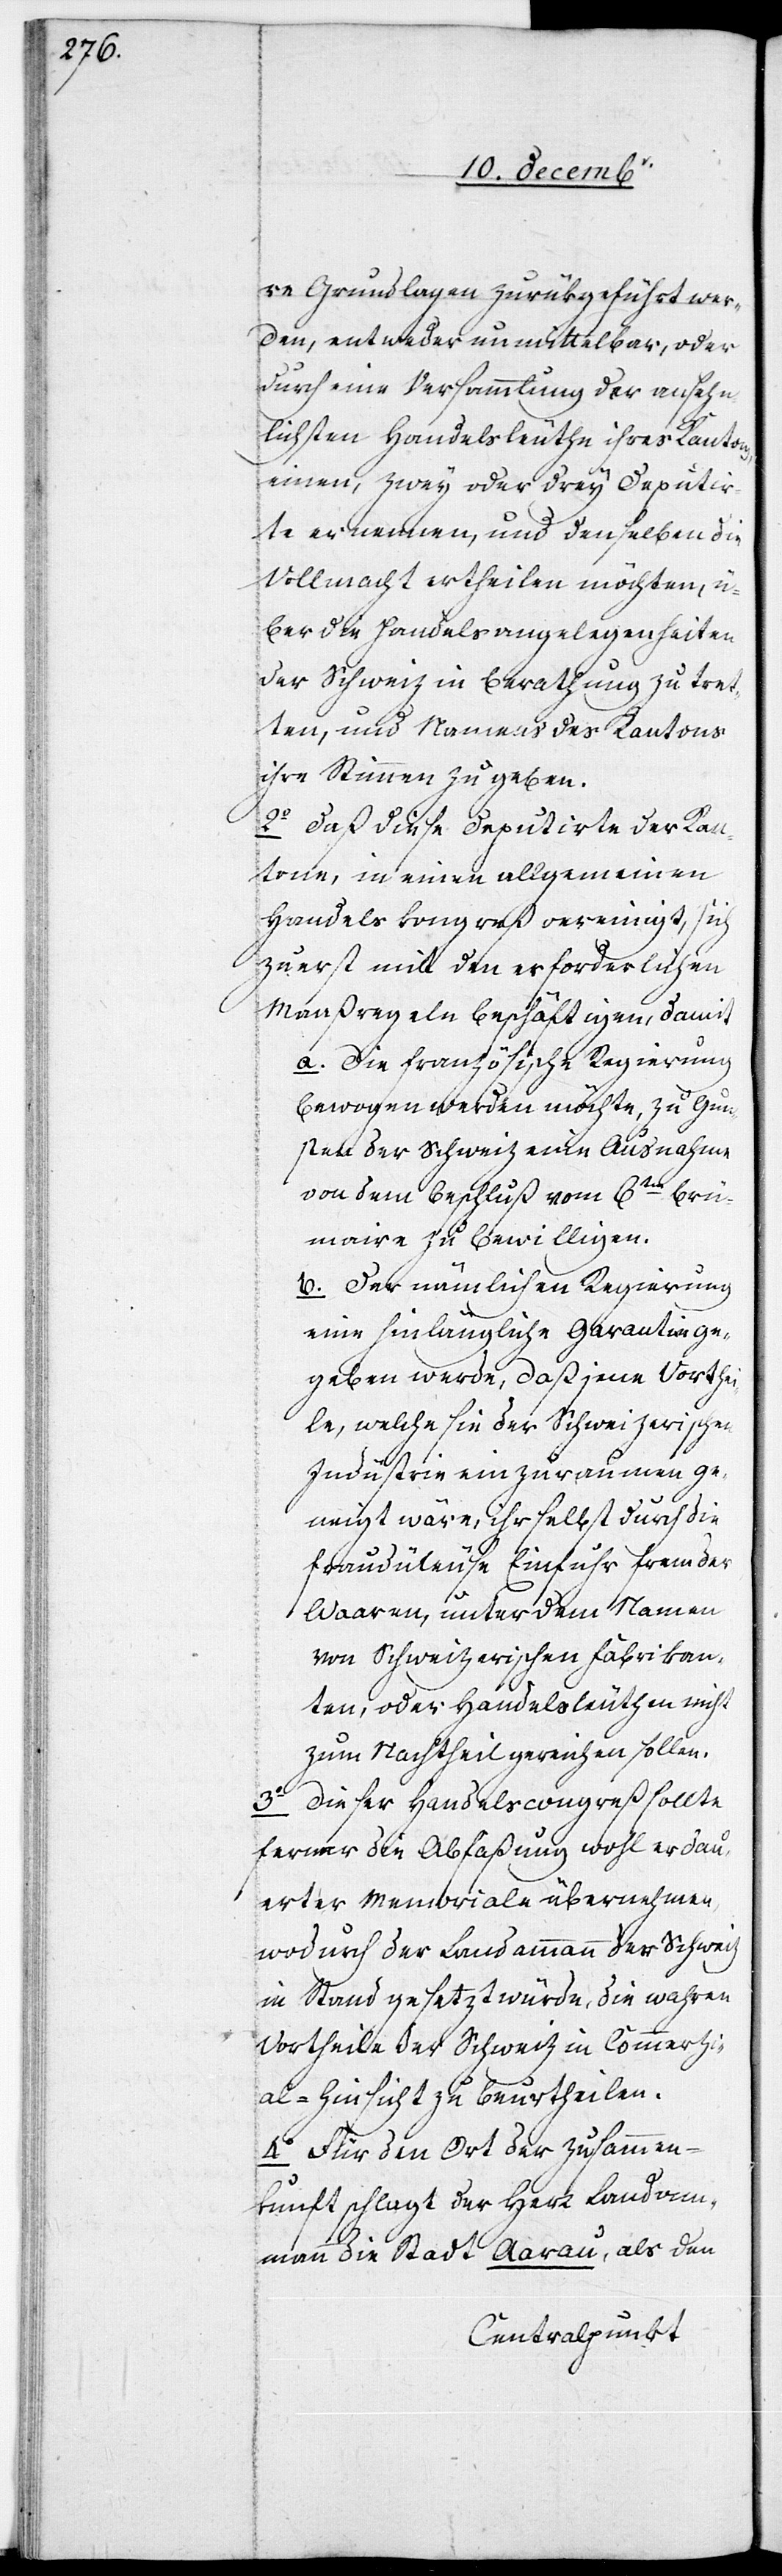
re Grundlagen zurükgeführt wer¬
den, entweder unmittelbar, oder
durch eine Versammlung der ansehn¬
lichsten Handelsleuthe ihres Kantons,
einen, zwey oder drey Deputir¬
te ernennen, und denselben die
Vollmacht ertheilen möchten, ü¬
ber den Handelsangelegenheiten
der Schweiz in Berathung zu tret¬
ten, und Namens des Kantons
ihre Stimme zu geben.
2. Daß diese Deputirte der Kan¬
tone, in einen allgemeinen
Handelskongreß vereinigt, sich
zuerst mit den erforderlichen
Maaßregeln beschäftigen, damit
a. Die französische Regierung
bewogen werden möchte, zu Gun¬
sten der Schweiz eine Ausnahme
von dem Beschluß vom 6ten Bru¬
maire zu bewilligen.
b. Der nämlichen Regierung
eine hinlängliche Garantie ge¬
geben werde, daß jene Vorthei¬
le, welche sie der Schweizerischen
Industrie einzuraumen ge¬
neigt wäre, ihr selbst durch die
frauduleuse Einfuhr fremder
Waaren, unter dem Namen
von Schweizerischen Fabrikan¬
ten, oder Handelsleuthen nicht
zum Nachtheil gereichen sollen.
3. Dieser Handelscongreß sollte
ferner die Abfaßung wohl erdau¬
erter Memoriale übernehmen,
wodurch der Landammann der Schweiz
in Stand gesetzt würde, die wahren
Vortheile der Schweiz in Commerzi¬
al-Hinsicht zu beurtheilen.
4. Für den Ort der Zusammen¬
kunft pflegt der Herr Landam¬
mann die Stadt Aarau, als den